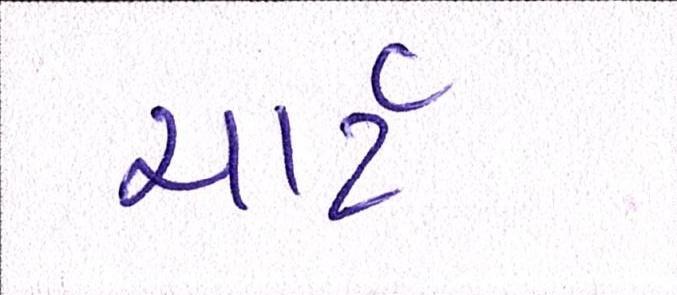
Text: ચાર્ટ